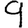
Digit: 9